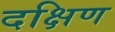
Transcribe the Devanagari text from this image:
दक्षिण